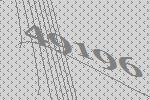
49196